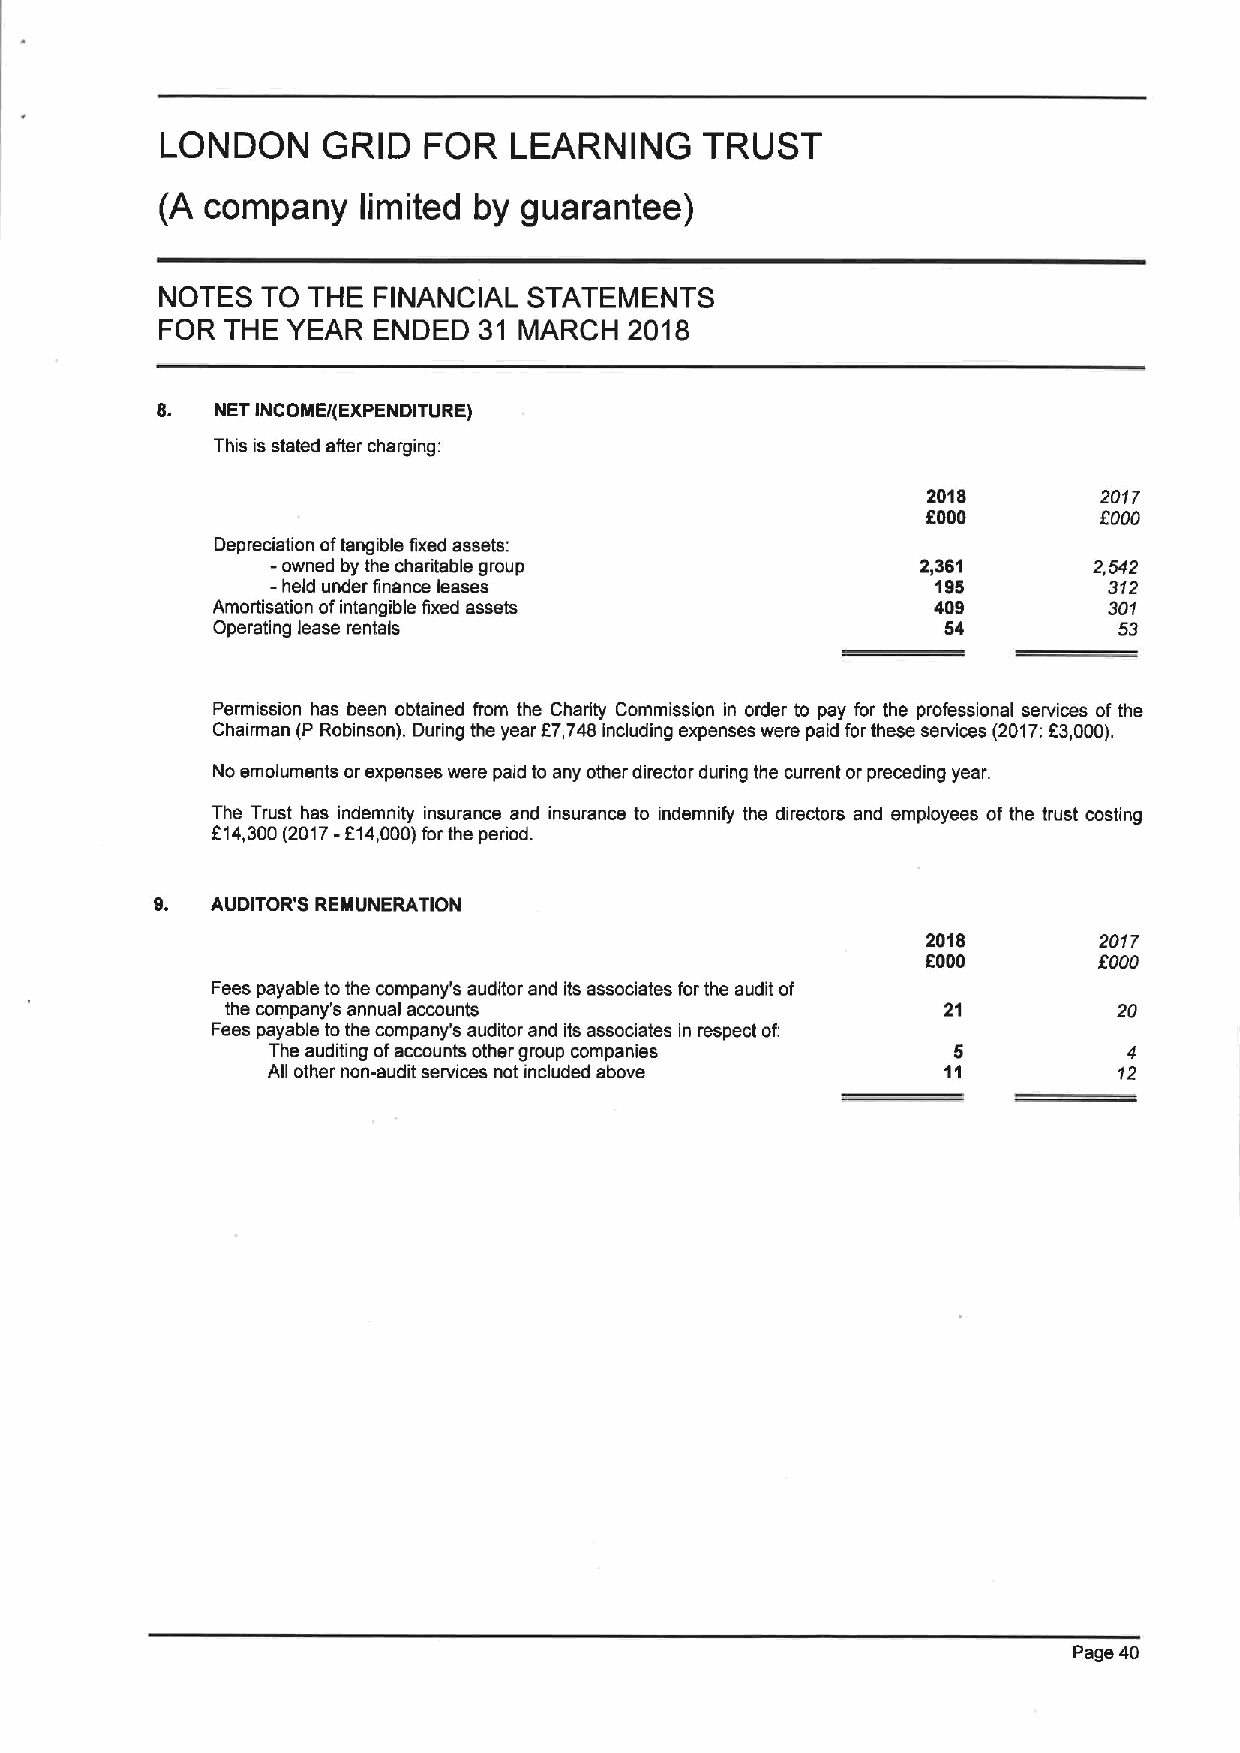
LONDON    GRID   FOR   LEARNING     TRUST
 (A company   limited by guarantee)
 NOTES TO THE  FINANCIAL STATEMENTS
 FOR THE YEAR  ENDED  31 MARCH  2018
 8.  NET INCDMEI(EXPENDITURE)
 This is stated after charging:
 2018        2017
 5000
 OOOO
 Depreciation oftangible fixed assets:
 -
 owned by the charitable group             2,361      2,542
 -
 held under finance leases                  195        312
 Amortisation ofintangible fixed assets          409        301
 Operating lease rentals                          54         53
 Permission has been obtained from the Charity Commission in order to pay for the professional services ofthe
 Chairman (P Robinson). During the year f7,748 including expenses were paid forthese services (2017:23,000).
 No emoluments orexpenses were paid to any other director during the current orpreceding year.
 The Trust has indemnity insurance and insurance to indemnify the directors and employees of the trust costing
 f 14,300(2017-F14,000)forthe period.
 AUDITOR'8 REMUNERATION
 2018        2017
 8000        OOOO
 Fees payable tothe company's auditor and its associates forthe audit of
 the company's annual accounts                   21         20
 Fees payable tothe company's auditor and its associates in respect of:
 The auditing ofaccounts other group companies 5          4
 AO other non-audit services not included above 11       12
 Page 40